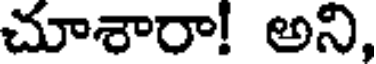
చూశారా! అని,